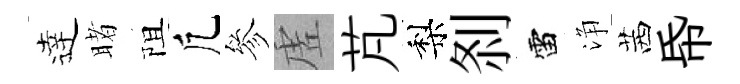
逹睹阻凢參虗芃梨𠛴雷浄茜帋